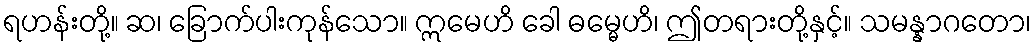
ရဟန်းတို့။ ဆ၊ ခြောက်ပါးကုန်သော။ ဣမေဟိ ခေါ ဓမ္မေဟိ၊ ဤတရားတို့နှင့်။ သမန္နာဂတော၊